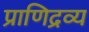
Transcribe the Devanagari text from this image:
प्राणिद्रव्य